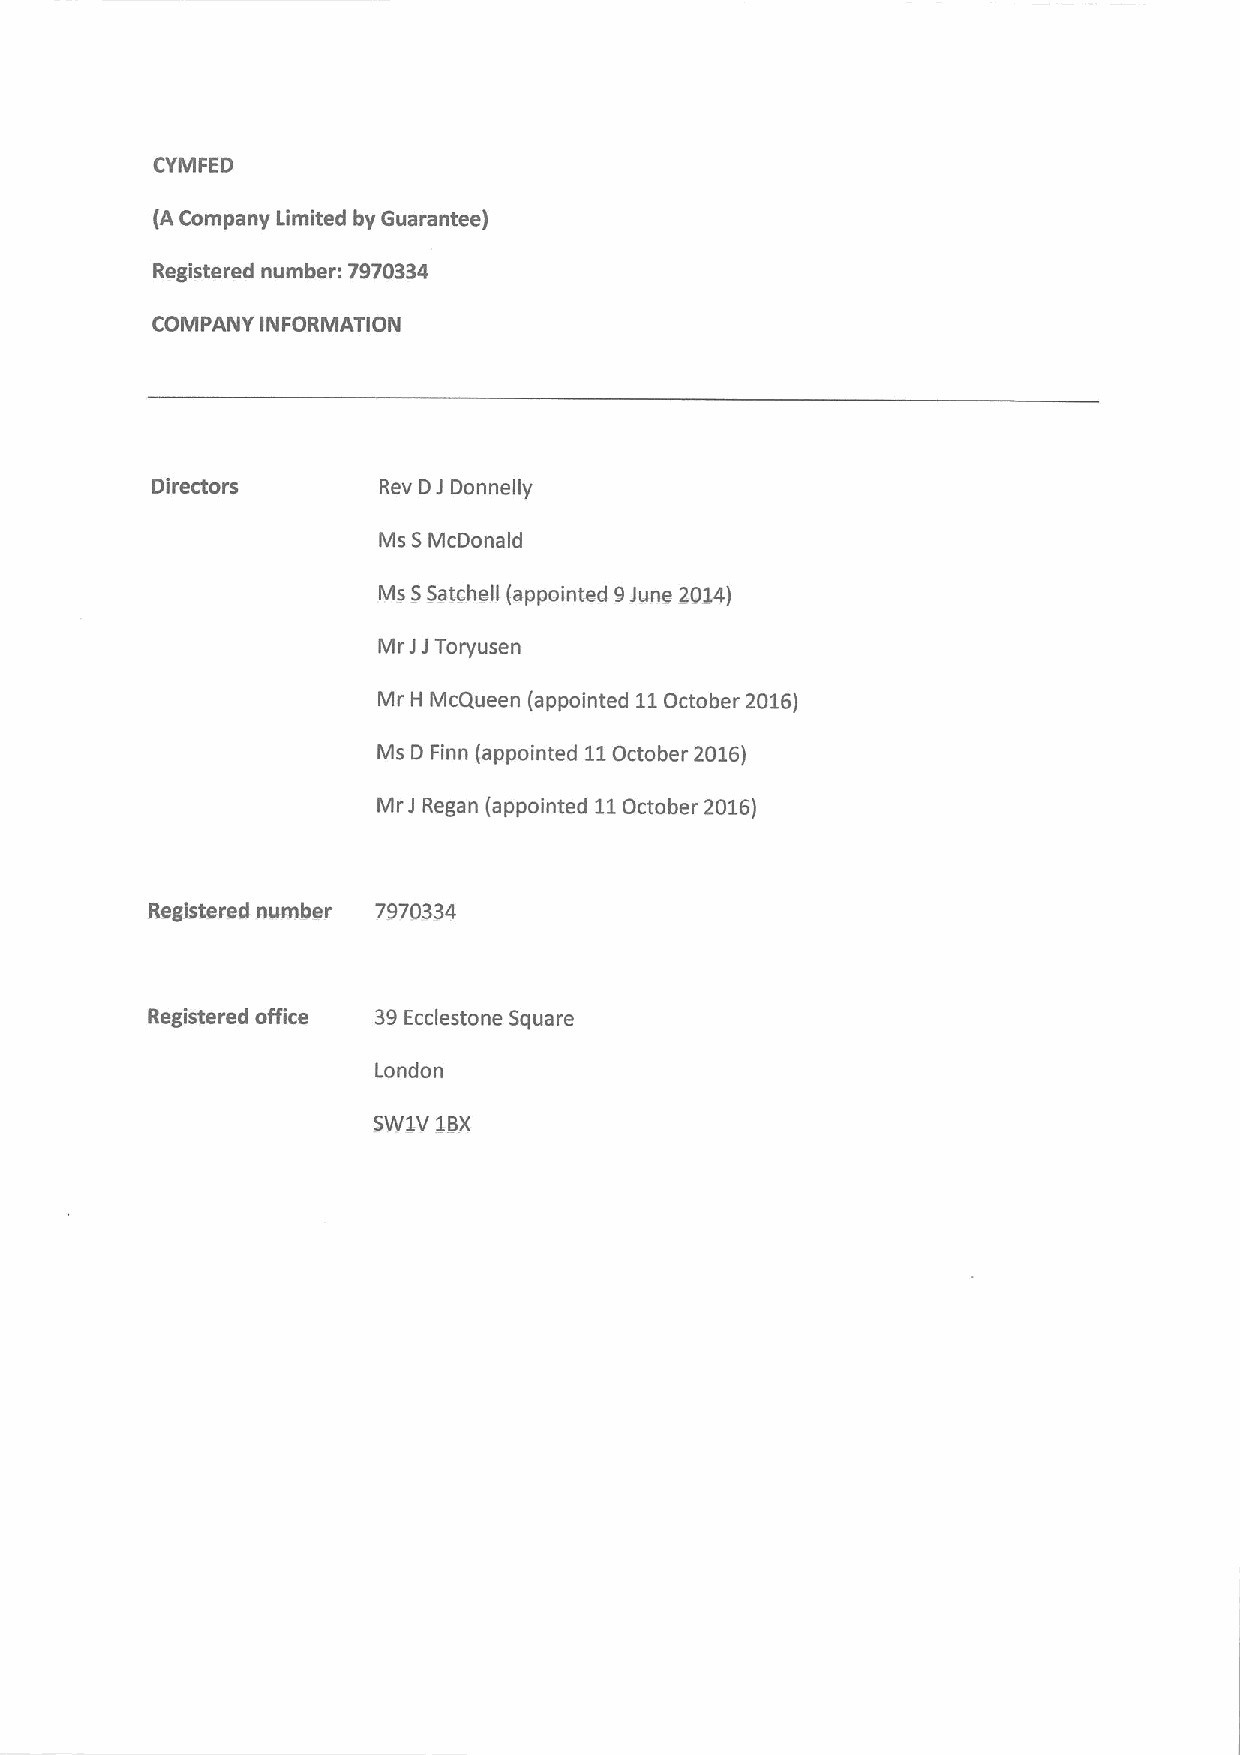
CYMFED
 (A Company Limited by Guarantee)
 Registered number: 7970334
 COMPANY INFORMATION
 Directors      Rev DJ Donnelly
 Ms SMcDonald
 Ms SSatchell (appointed 9June 2014)
 Mr JJToryusen
 Mr H McQueen (appointed 11October 2016)
 Ms D Finn (appointed 11October 2016)
 Mr J Regan (appointed 11October 2016)
 Registered number 7970334
 Registered office 39Ecclestone Square
 London
 SW1V 1BX